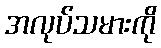
အလုပ်သမားကို